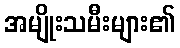
အမျိုးသမီးများ၏